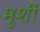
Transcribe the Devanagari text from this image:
मुर्शी